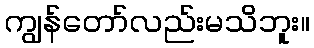
ကျွန်တော်လည်းမသိဘူး။